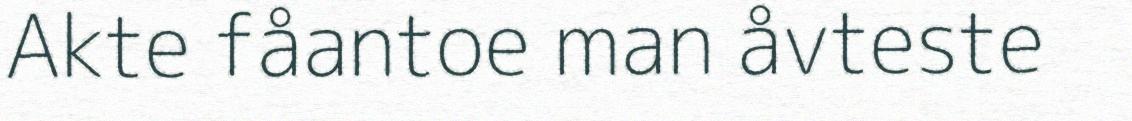
Akte fåantoe man åvteste